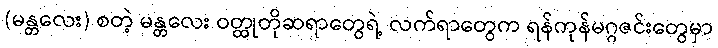
(မန္တလေး) စတဲ့ မန္တလေး ဝတ္ထုတိုဆရာတွေရဲ့ လက်ရာတွေက ရန်ကုန်မဂ္ဂဇင်းတွေမှာ